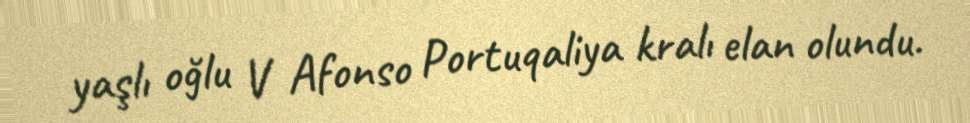
yaşlı oğlu V Afonso Portuqaliya kralı elan olundu.